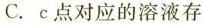
C.c点对应的溶液存